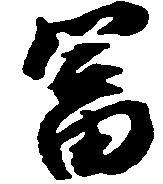
富